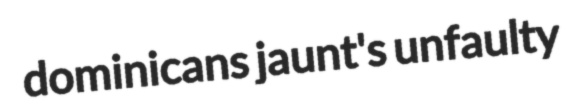
dominicans jaunt's unfaulty